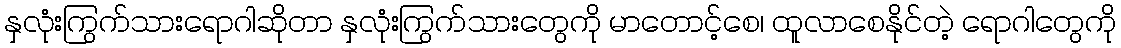
နှလုံးကြွက်သားရောဂါဆိုတာ နှလုံးကြွက်သားတွေကို မာတောင့်စေ၊ ထူလာစေနိုင်တဲ့ ရောဂါတွေကို